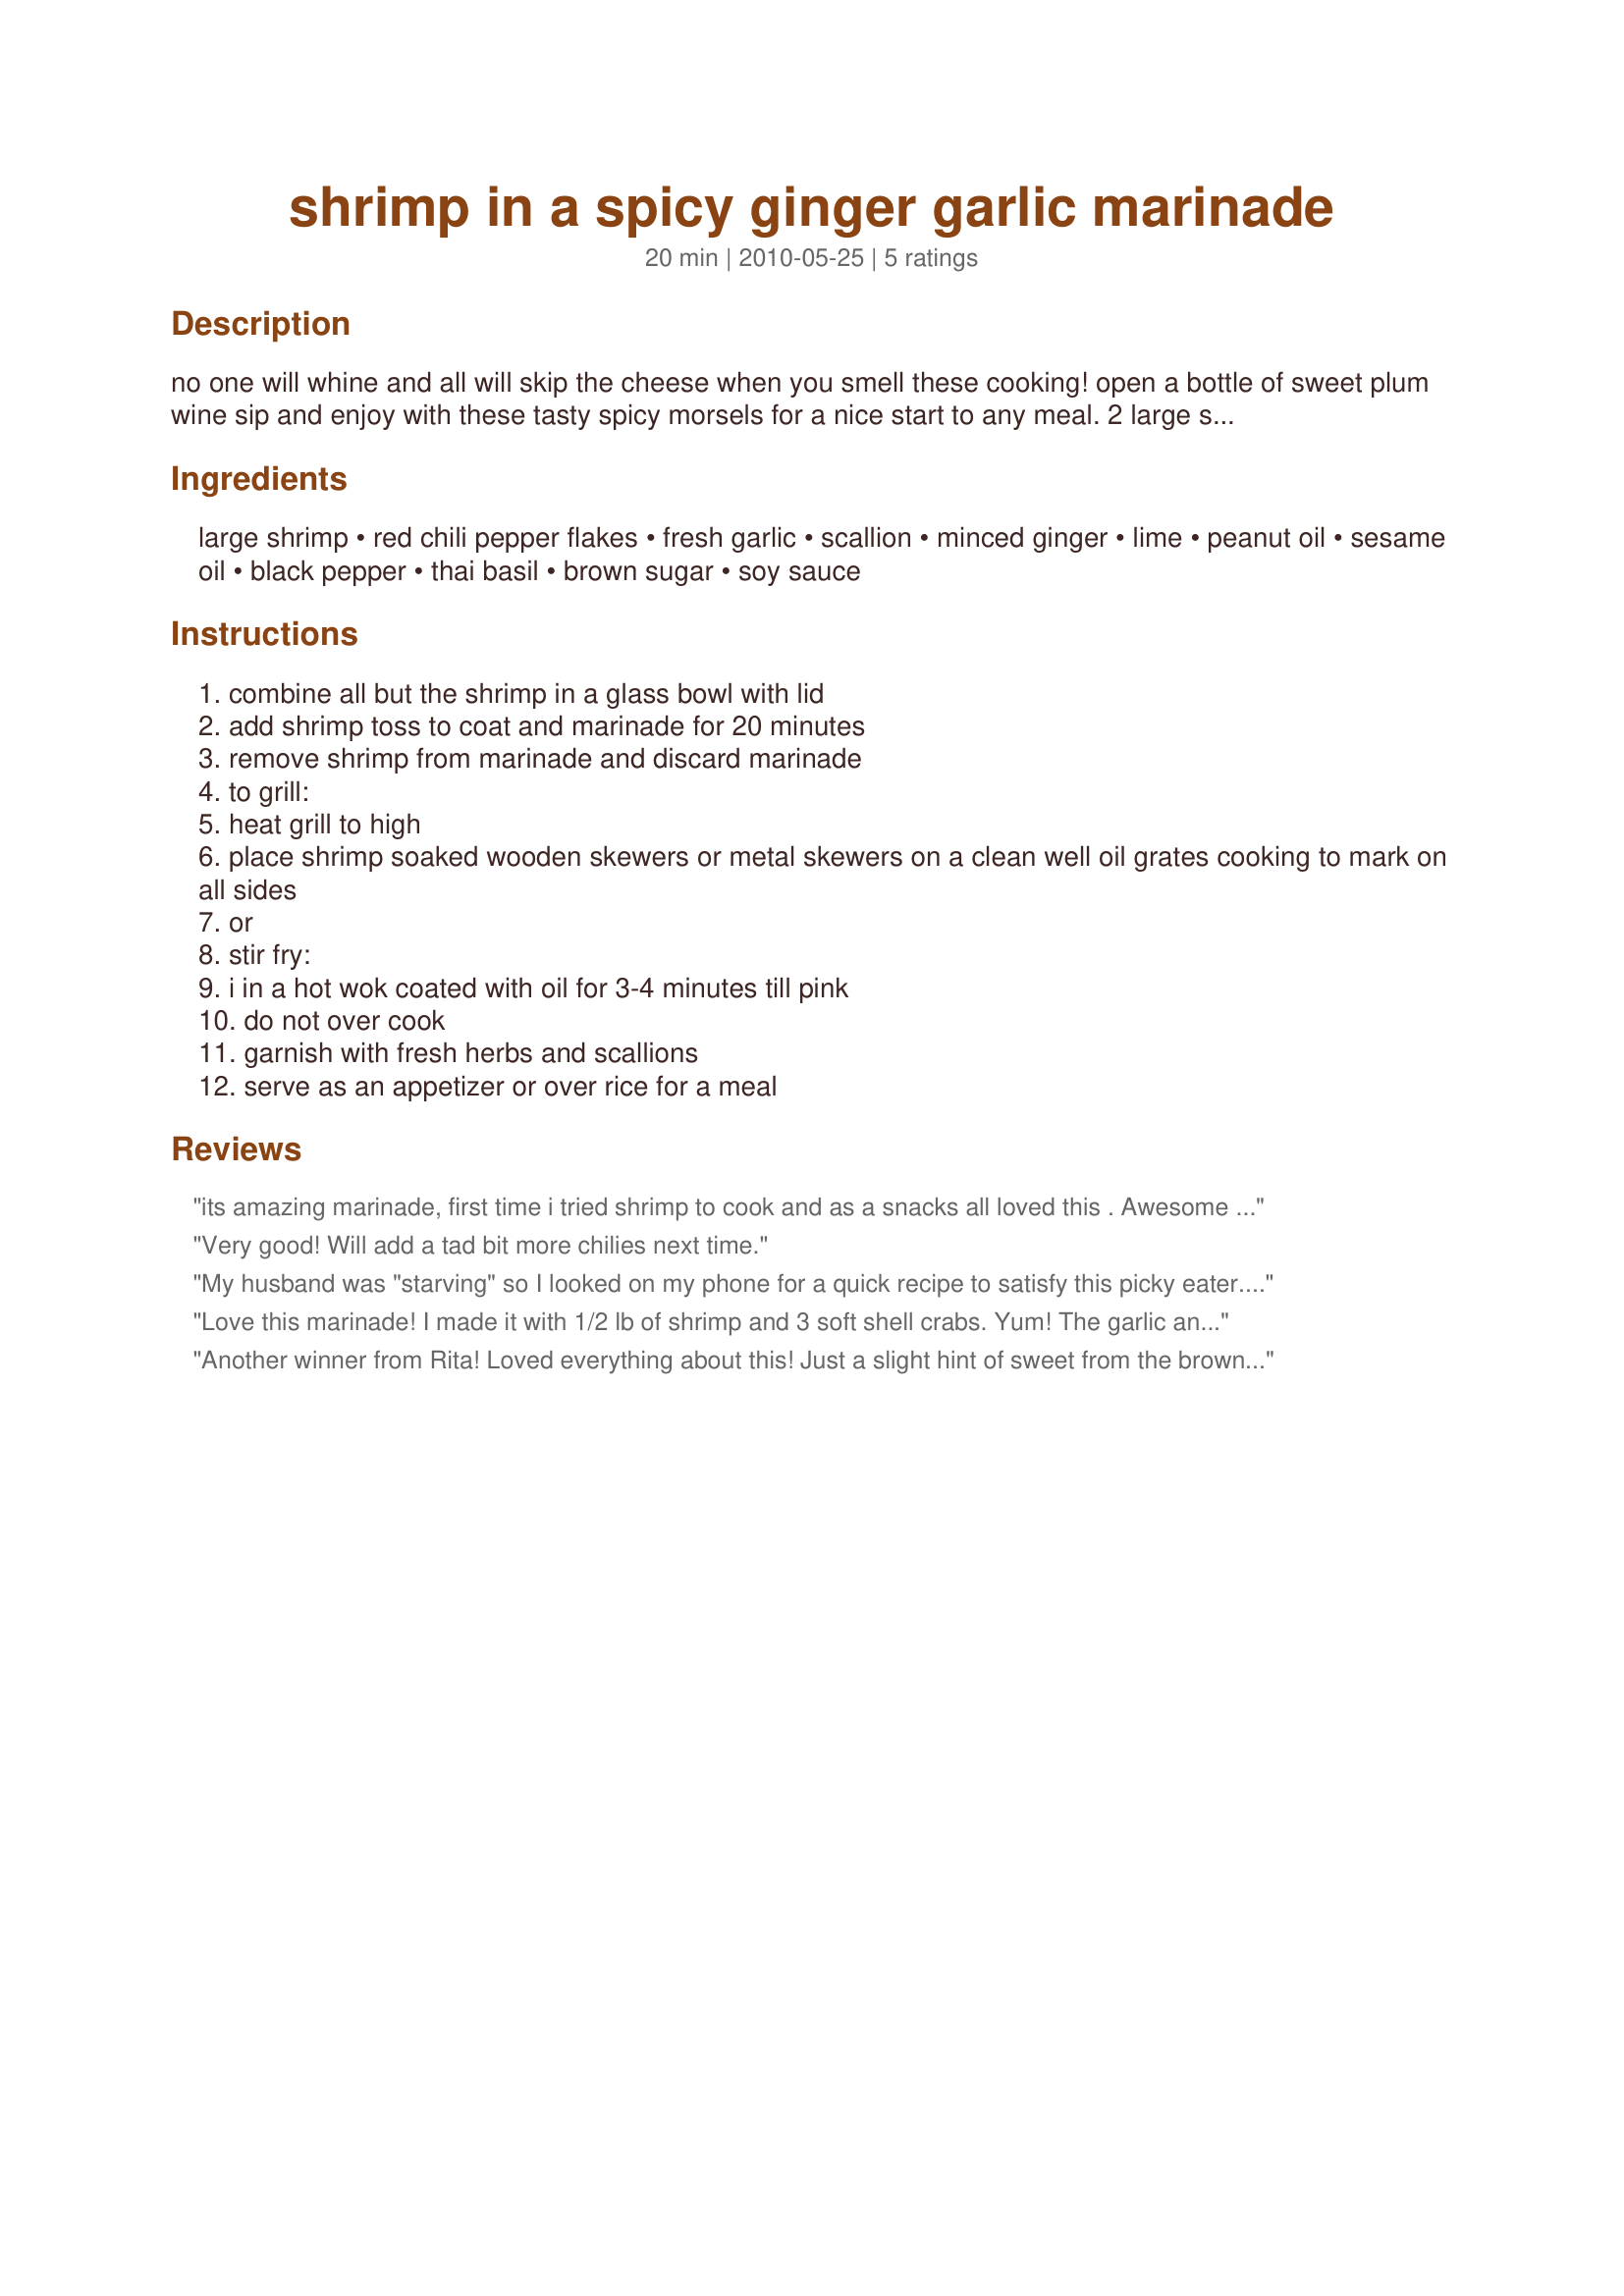
shrimp in a spicy ginger garlic marinade
Preparation time: 20 minutes

no one will whine and all will skip the cheese when you smell these cooking!

open a bottle of sweet plum wine sip and enjoy with these tasty spicy morsels for a nice start to any meal. 2 large shrimp will appease your appetite till your main meal is ready.

made for http://www.recipezaar.com/bb/viewtopic.zsp?t=332765&postdays=0&postorder=asc&start=0 zwt 6 the wild card challenge http://www.recipezaar.com/bb/viewtopic.zsp?t=330044
these are spicy you may enjoy white rice with it.

Ingredients:
large shrimp, red chili pepper flakes, fresh garlic, scallion, minced ginger, lime, peanut oil, sesame oil, black pepper, thai basil, brown sugar, soy sauce

Steps:
combine all but the shrimp in a glass bowl with lid
add shrimp toss to coat and marinade for 20 minutes
remove shrimp from marinade and discard marinade
to grill:
heat grill to high
place shrimp soaked wooden skewers or metal skewers on a clean well oil grates cooking to mark on all sides
or
stir fry:
i in a hot wok coated with oil for 3-4 minutes till pink
do not over cook
garnish with fresh herbs and scallions
serve as an appetizer or over rice for a meal

Reviews:
its amazing marinade, first time i tried shrimp to cook and as a snacks all loved this . Awesome recipe, thanks a lot.
Very good! Will add a tad bit more chilies next time.
My husband was "starving" so I looked on my phone for a quick recipe to satisfy this picky eater... I found this one and crossed my fingers. He says he doesn't like ginger, lime juice, sesame oil, or soy sauce, so I didn't tell him what was in the marinade LOL... I added some cayenne because I didn't have hot oil, and I added a splash of the beer he was drinkin. Quote: "And that is a recipe we ARE SAVING. One of the best shrimp meals I have ever had!" Thanks for proving him wrong again LOL!!!!
Love this marinade! I made it with 1/2 lb of shrimp and 3 soft shell crabs. Yum! The garlic and ginger give this marinade a nice zesty flavor. I did not have sesame oil so just used a little more peanut oil. Great recipe Rita! Made for ZWT 6.
Another winner from Rita! Loved everything about this! Just a slight hint of sweet from the brown sugar, but loved the zip from the red pepper. Thanks for developing this one Rita!! Made for a Seasoned Sailor and his Sassy Sirens - ZWT6.
